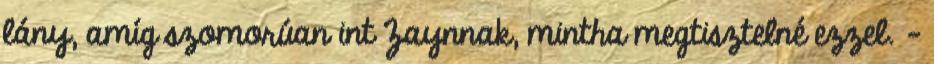
lány, amíg szomorúan int Zaynnak, mintha megtisztelné ezzel. -